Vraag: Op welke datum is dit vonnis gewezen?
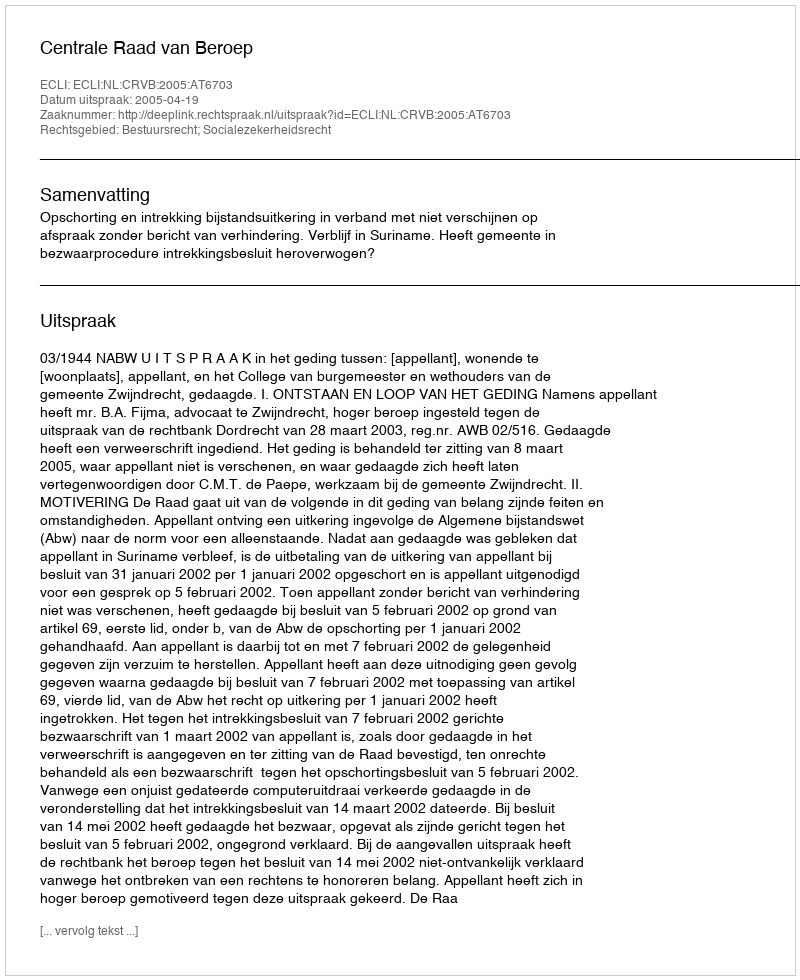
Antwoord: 2005-04-19